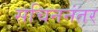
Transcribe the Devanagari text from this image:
सचिननंतर